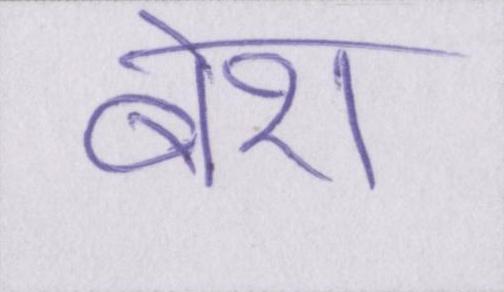
बेश